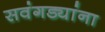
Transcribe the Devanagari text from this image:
सवंगड्यांना